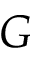
G